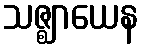
သဇ္ဈာယေန